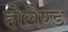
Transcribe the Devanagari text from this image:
होलैण्ड